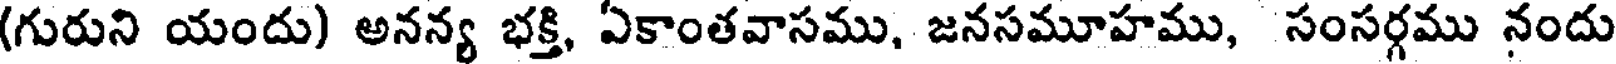
(గురుని యందు) అనన్య భక్తి, ఏకాంతవాసము, జనసమూహము, సంసర్గము నందు